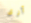
آرى